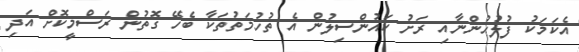
އެކަމަކު ފުލުހުންނާއި ރަށު ކައުންސިލުން އެ ތުހުމަތުތަކާ ބެހޭ ގޮތުން ރަސްމީކޮށް އަދި